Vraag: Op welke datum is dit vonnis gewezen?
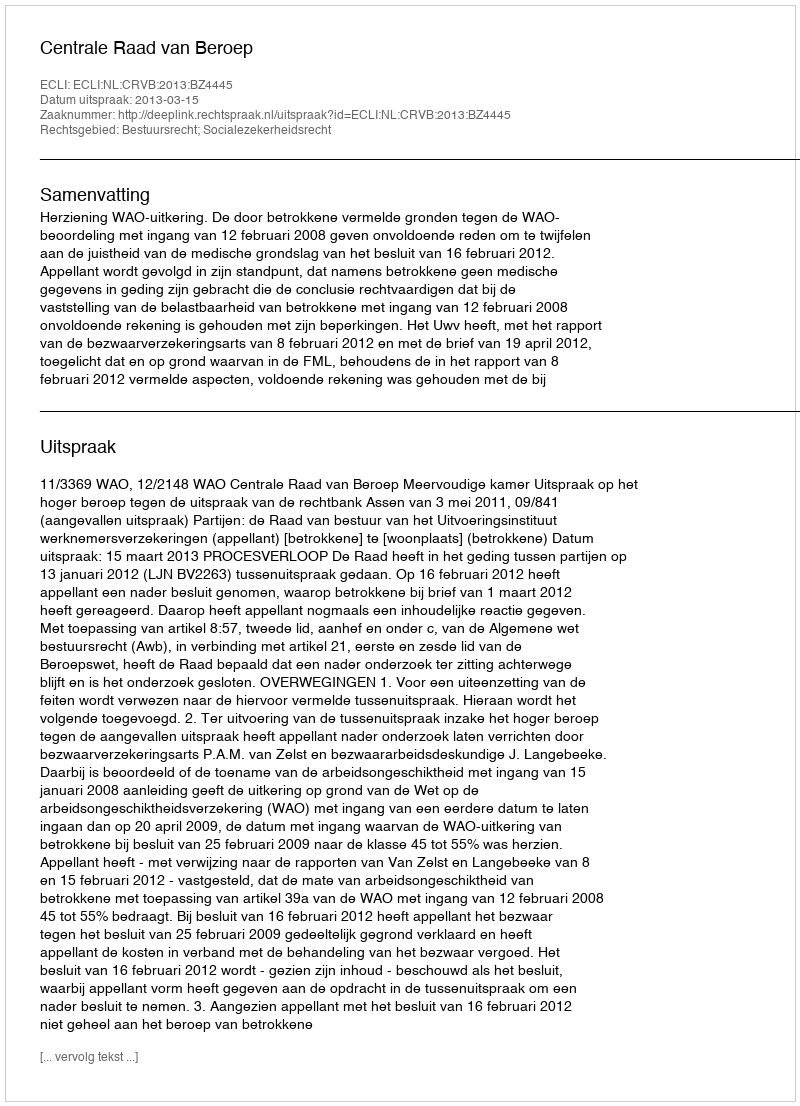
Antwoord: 2013-03-15